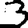
Digit: 3